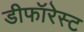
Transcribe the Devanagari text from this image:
डीफॉरेस्ट